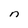
Character: n